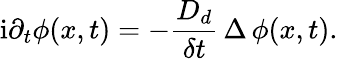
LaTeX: \mathrm i\partial_{t}\phi(x,t)=-\frac{D_{d}}{\delta t}\, \Delta\, \phi(x,t).